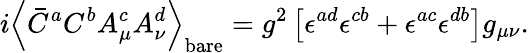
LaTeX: i\left<\bar{C}^{a}C^{b}A_{\mu}^{c}A_{\nu}^{d}\right>_{\mathrm{bare}}=g^{2}\left[\epsilon^{ad}\epsilon^{cb}+\epsilon^{ac}\epsilon^{db}\right]g_{\mu\nu}.